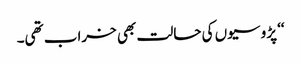
‘‘ پڑوسیوں کی حالت بھی خراب تھی۔